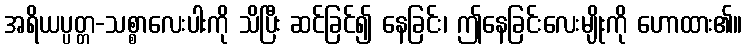
အရိယပ္ပတ္တ-သစ္စာလေးပါးကို သိပြီး ဆင်ခြင်၍ နေခြင်း၊ ဤနေခြင်းလေးမျိုးကို ဟောထား၏။